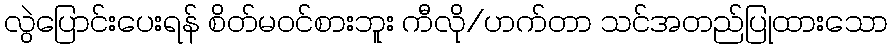
လွဲပြောင်းပေးရန် စိတ်မဝင်စားဘူး ကီလို/ဟက်တာ သင်အတည်ပြုထားသော